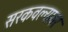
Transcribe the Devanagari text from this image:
सरकवल्यावर